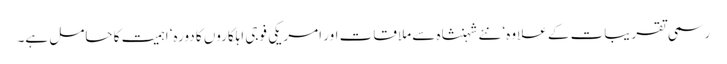
رسمی تقریبات کے علاوہ‘ نئے شہنشاہ سے ملاقات اور امریکی فوجی اہلکاروں کا دورہ‘ اہمیت کا حامل ہے۔